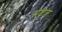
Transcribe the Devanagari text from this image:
सेटेन